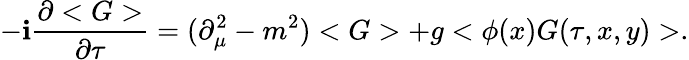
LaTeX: -\mathbf{i}\frac{{\partial<G>}}{{\partial\tau}}=(\partial_{\mu}^{2}-m^{2})<G>+g<\phi(x)G(\tau,x,y)>.